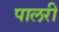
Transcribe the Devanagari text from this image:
पालरी